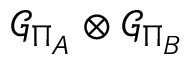
\mathcal { G } _ { \Pi _ { A } } \otimes \mathcal { G } _ { \Pi _ { B } }